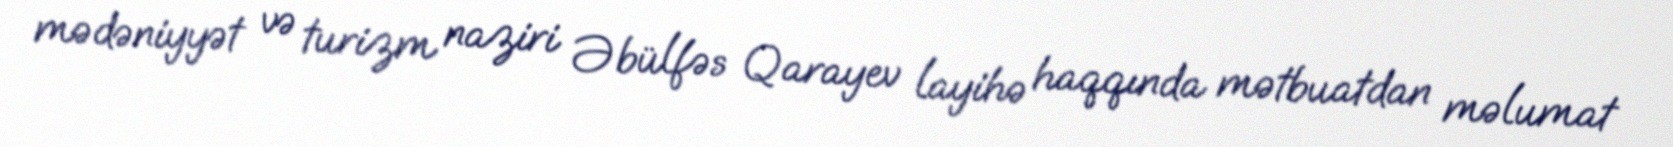
mədəniyyət və turizm naziri Əbülfəs Qarayev layihə haqqında mətbuatdan məlumat